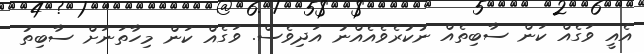
އެއީ ވަގެއް ކަން ސާބިތެއް ނުކުރެވެއެއްނު އަދިވެސް. ވަގެއް ކަން މިހާތަނަށް ސާބިތު